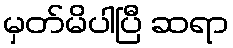
မှတ်မိပါပြီ ဆရာ